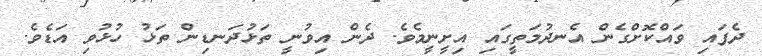
ދެފައި ވައްކޮށްގެން އެނދުމަތީގައި އިށީނީމެވެ. ދެން އިވުނީ ތަޅުދަނޑިން ތަޅު ހުޅުވި އަޑެވެ.